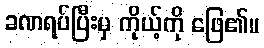
ခဏရပ်ပြီးမှ ကိုယ့်ကို ဖြေ၏။